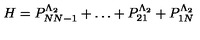
H = P _ { N N - 1 } ^ { \Lambda _ { 2 } } + \dots + P _ { 2 1 } ^ { \Lambda _ { 2 } } + P _ { 1 N } ^ { \Lambda _ { 2 } }